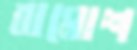
বামোশ